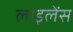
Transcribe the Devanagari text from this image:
लाइलेंस